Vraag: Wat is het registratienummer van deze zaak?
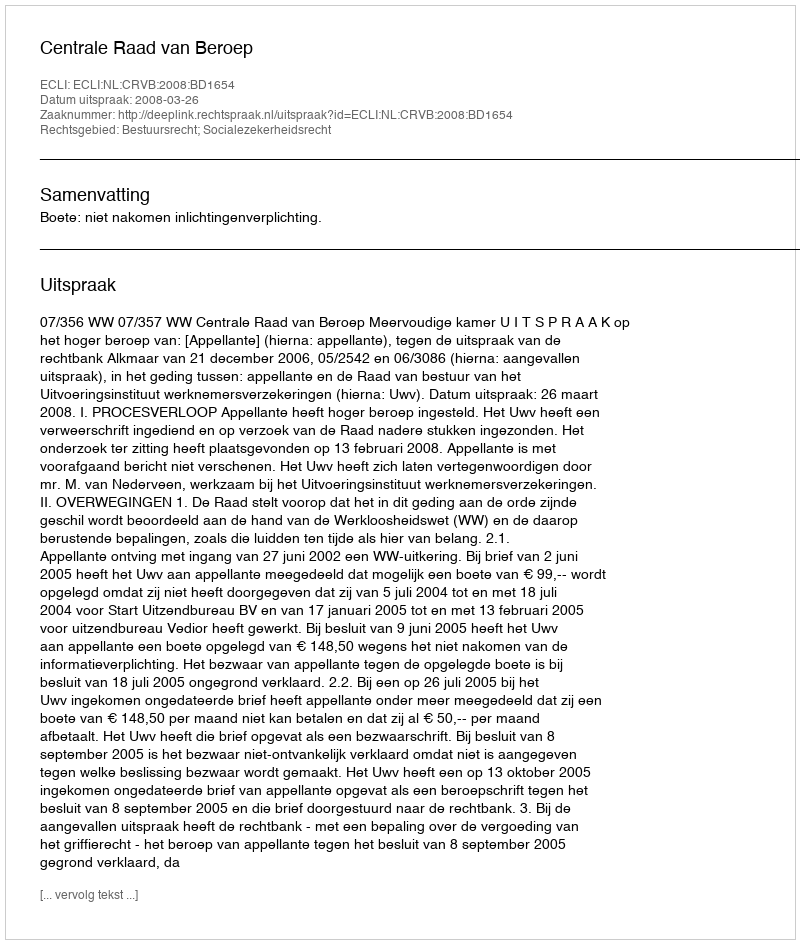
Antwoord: http://deeplink.rechtspraak.nl/uitspraak?id=ECLI:NL:CRVB:2008:BD1654